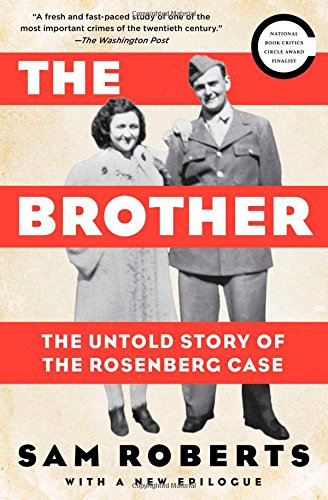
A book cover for The Brother: The Untold Story of the Rosenberg Case; Sam Roberts; Biographies & Memoirs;